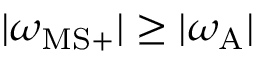
| \omega _ { \mathrm { M S } + } | \geq | \omega _ { \mathrm { A } } |